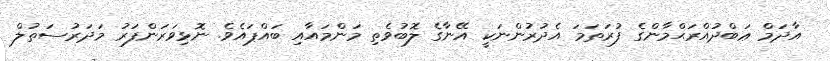
އާދަމް ޢަބްދުއްރަޙްމާންގެ ފުރަތަމަ އެދުރުންނަކީ އޭނާގެ ލޮބުވެތި މަންމައާއި ބައްޕައެވެ. ނޮޅިވަރަންފަރު މަދަރުސަތުލް